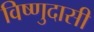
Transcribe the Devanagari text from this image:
विष्णुदासी